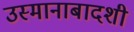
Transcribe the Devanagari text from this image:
उस्मानाबादशी